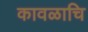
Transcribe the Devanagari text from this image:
कावळाचि